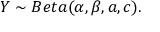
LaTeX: Y \sim B e t a ( \alpha , \beta , a , c ) .